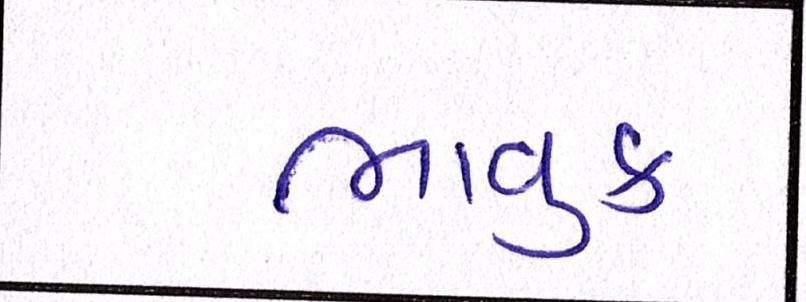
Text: ભાવુક